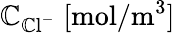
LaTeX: \mathbb{C}_{\mathrm{{\mathbb{C}l}}^{-}}\; [\mathrm{{mol}}/\mathrm{{m}}^{3}]